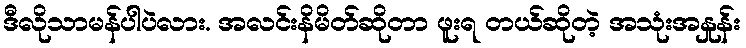
ဒီလိုသာမန်ပါပဲလား. အလင်းနိမိတ်ဆိုတာ ဖူးရ တယ်ဆိုတဲ့ အသုံးအနှုန်း